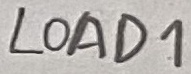
Text: LOAD1